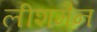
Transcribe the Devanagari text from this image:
लीशमैन